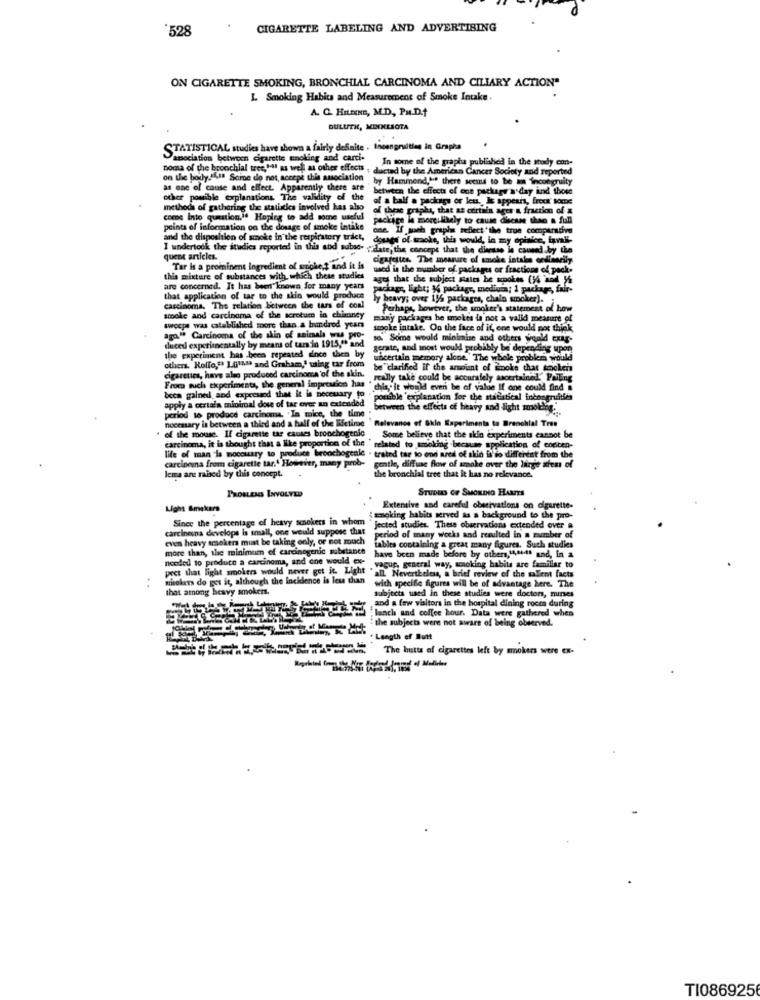
'528
CIGARETTE LABELING AND ADVERTISING
ON CIGARETTE SMOKING, BRONCHIAL CARCINOMA AND CILIARY ACTION"
L. Smoking Habits and Measurement of Smoke Intake.
A. Q. HELENE, M.D, PH.D.+
DULUTH, MINNESOTA
STATISTICAL studies have shown a fairly definite . Incongruitien in Grapha
"association between cigarette smoking and carci-
In some of the grapha published in the study con-
noma of the bronchial tree,"41 as well as other effects
on the body. 119 Some do not, accept this association
, by Hammond,we there seems to be a incongruity
as one of cause and effect. Apparently there are
between the effects of one package'a day and those
other posible explanations. The validity of the
of a balf . package or leu ., le appear, freex some
methods of gathering the statistics involved has also of these graphs, that as certain ages a fraction of a
come Into question,". Hoping to add some useful
package le more likely to cause disease than a full
points of information on the dosage of smoke intake
one. If mach graphs reflect the true comparative
and the disposition of smoke in the respiratory tract,
dower of tooke, this would, in my opinion, laval
I undertook the studies reported in this abd subac- "date, the concept that the disease is caused by the
quent articles.
cigarettes. The measure of smoke intake ordinarily
Tar Is a prominent ingredient of sriphe,t and it is
wied in the number of packages or fractions of pack-
this mixture of substances with which these studies
ages that the subject states be smokes (14 and y%
are concerned. It has been known for many years
package, light; 36 package, mediums; 1 package, fair-
that application of tar to the skin would produce
ly heavy; over 115 packages, chala smoker).
carcinoma. The relation between the tars of coal
Perhaps, however, the smoker's statement of how
a of the scrotum in chinaney
many packages he smokes la not a valid measure of
swoops was established more than a hundred years
smoke intake. On the face of if, ene would not think
aga" Carcinoma of the skin of animals was pro-
sa. Some would minimise and others would exag-
duced experimentally by means of tar in 1915," and
the experiment has been repeated since then by
gerate, and most would probably be depending upon
uncertain memory alone." The whole problems would
others. Rolfo," Lama and Graham,' wing tar from
Have also produced carcinoma of the skin.
be "clarified if the amount of smoke that smoker
Froes such experiments, the general impression has "
really take could be accurately ascertained." Falling
this, it would even be of value If one could find i
apply a certala minimal dose of tar ever an extended
beca gained and expressed that it is necessary to
portible explanation for the statistical incongruities
period to produce carcinoma. . In mice, the time
between the effects of heavy and light smolding.
necessary is between a third and a half of the lifetime ' Relevance of Skin Experiments to Bronchial Tres
. of the mouse. If cigarette tar causes broochogenic
carcinoma, it is thought that a like proportion of the'
. Some believe that the skin experiments cannot be
related to smoking -because application of codicen-
carcinouna from cigarette tar. However, many prob-
life of man is moccuary to produce bronchogenle . trated tar to ond ared of skin is io different from the
Icms are raised by this concept.
gentle, diffuse flow of smoke over the large ateus of
the bronchial tree that it has no relevance.
STUDIES OF SMONDHO HARTS
PROBLEMS INVOLVED
Light &makers
Extensive and careful observations on cigarette-
Since the percentage of heavy schokers in whom
woking habits served as a background to the pro-
carcinena develope is small, one would suppose that
Jected studies. These observations extended over a
even heavy smokers must be taking only, or not much
period of many weeks and resulted in a number of
taining
more than, the minimum of carcinogenic substance
tables containing a great many figures, Such studies
needed to produce a carcinoma, and one would ex-
have been made before by others, tt,sets and, in a
vagus, general way, smoking habita are familiar to
pect that light smokers would never get it Light "all. Nevertheless, a brief review of the mallent facts
Britokets do get it, although the incidence is less than
with specific figures will be of advantage here. The
that among heavy smokers.
and a few visitors in the hospital dining room during
subjects used in these studies were doctors, minses
-
lancha and coffee hour. Data were gathered when
" the subjects were not aware of being observed.
. Length of Butt
The hutts of cigarettes left by smokers were ex-
TI0869256